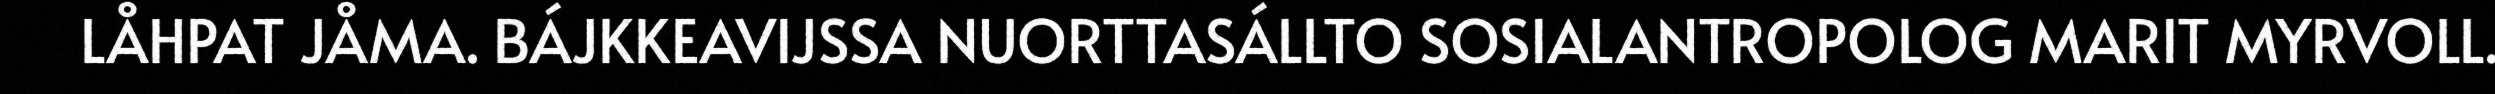
LÅHPAT JÅMA. BÁJKKEAVIJSSA NUORTTASÁLLTO SOSIALANTROPOLOG MARIT MYRVOLL.